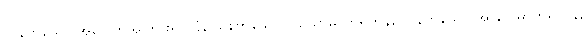
လွန်ကဲသော အပေါက်အကြားရှိကုန်, လွန်ကဲသော ဝါယောဓာတ်ရှိကုန်, လွန်ကဲသော အာပေါဓာတ်ရှိကုန်,